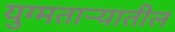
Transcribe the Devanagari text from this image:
युग्मताऱ्यातील